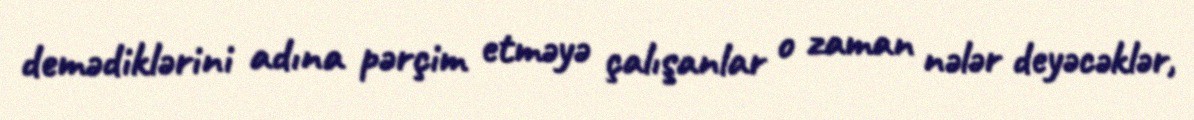
demədiklərini adına pərçim etməyə çalışanlar o zaman nələr deyəcəklər,